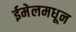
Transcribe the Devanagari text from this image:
ईमेलमधून